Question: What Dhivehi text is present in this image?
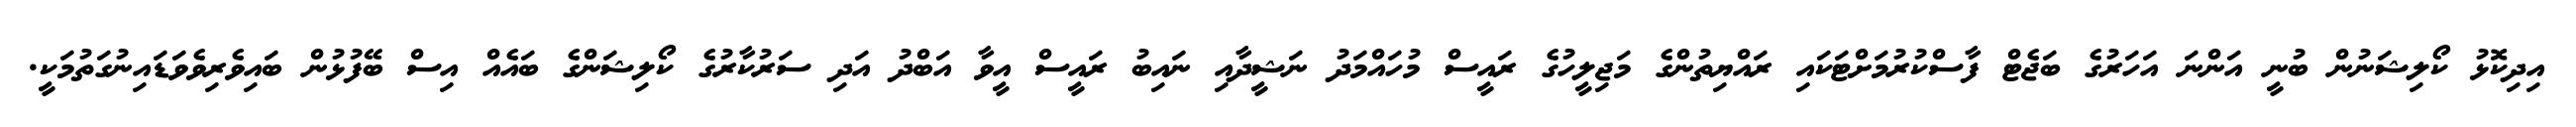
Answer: އިދިކޮޅު ކޯލިޝަނުން ބުނީ އަންނަ އަހަރުގެ ބަޖެޓް ފާސްކުރުމަށްޓަކައި ރައްޔިތުންގެ މަޖިލީހުގެ ރައީސް މުހައްމަދު ނަޝީދާއި ނައިބު ރައީސް އީވާ އަބްދު އަދި ސަރުކާރުގެ ކޯލިޝަންގެ ބައެއް އިސް ބޭފުޅުން ބައިވެރިވެވަޑައިނުގަތުމަކީ.